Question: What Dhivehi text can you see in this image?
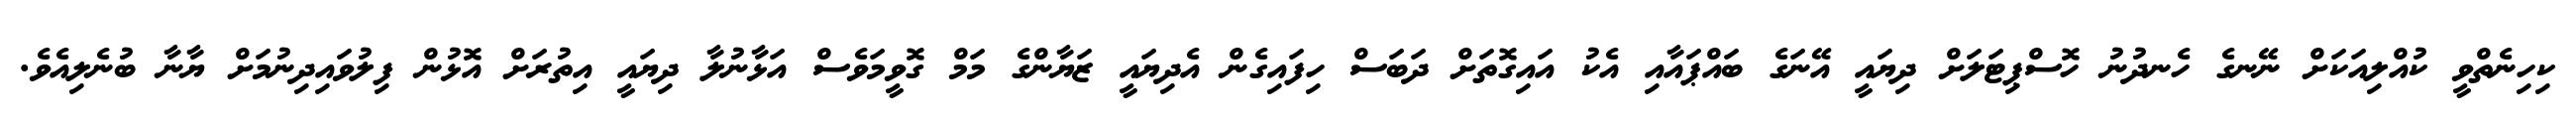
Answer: ކިހިނެތްވީ ކުއްލިއަކަށް ނޭނގެ ހެނދުނު ހޮސްޕިޓަލަށް ދިޔައީ އޭނަގެ ބައްޕައާއި އެކު އައިގޮތަށް ދަބަސް ހިފައިގެން އެދިޔައީ ޒަޔާންގެ މަމް ގޮވީމަވެސް އަޅާނުލާ ދިޔައީ އިތުރަށް އޮޅުން ފިލުވައިދިނުމަށް ޔާނާ ބުނެލިއެވެ.